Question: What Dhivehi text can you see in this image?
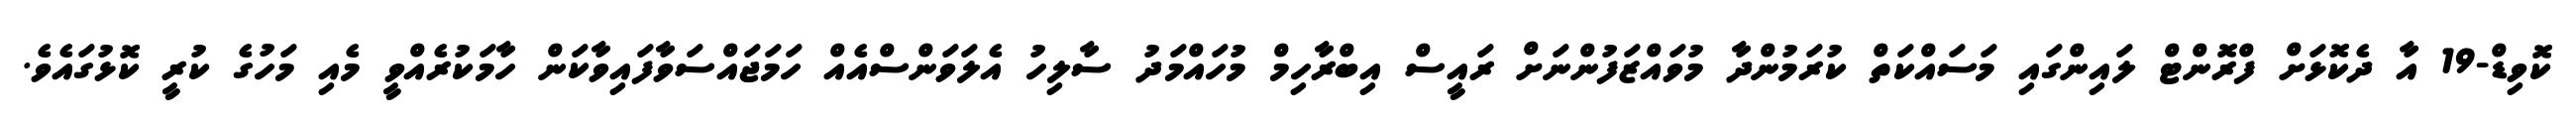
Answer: ކޮވިޑް-19 އާ ދެކޮޅަށް ފްރޮންޓް ލައިންގައި މަސައްކަތް ކުރަމުންދާ މުވައްޒަފުންނަށް ރައީސް އިބްރާހިމް މުހައްމަދު ސާލިހު އެލަވަންސްއެއް ހަމަޖައްސަވާފައިވާކަން ހާމަކުރެއްވީ މެއި މަހުގެ ކުރީ ކޮޅުގައެވެ.